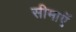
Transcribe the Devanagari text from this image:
सीमाएॅ